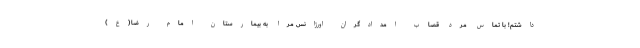
داشتم! با تماس مرد قصاب امدادگران اورژانس مرا به بیمارستان امام رضا(ع)